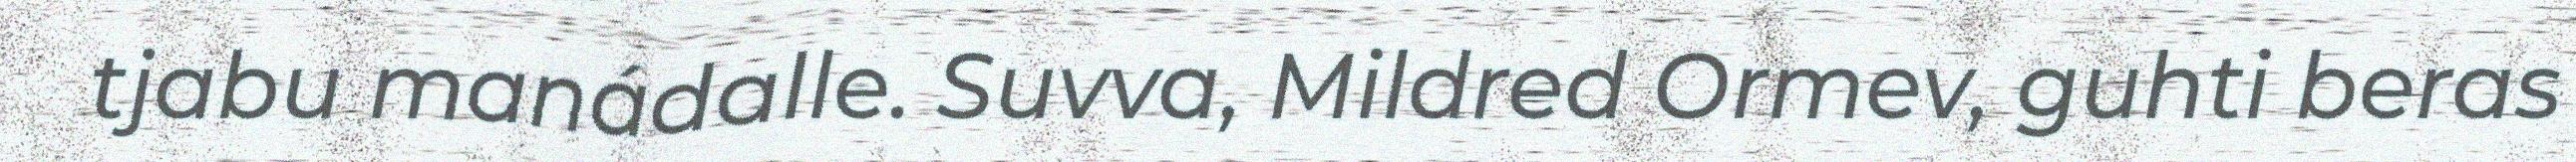
tjabu manádalle. Suvva, Mildred Ormev, guhti beras